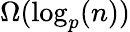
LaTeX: \Omega(\log_{p}(n))